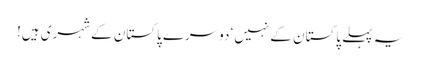
یہ پہلے پاکستان کے نہیں‘ دوسرے پاکستان کے شہری ہیں!